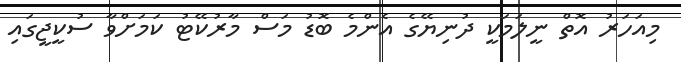
މިއަހަރު އޮތް ނީލަމަކީ ދުނިޔޭގެ އެންމެ ބޮޑު މަސް މާރުކޭޓު ކަމަށްވާ ސުކީޖީގައި